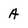
Character: A